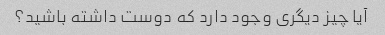
آیا چیز دیگری وجود دارد که دوست داشته باشید؟